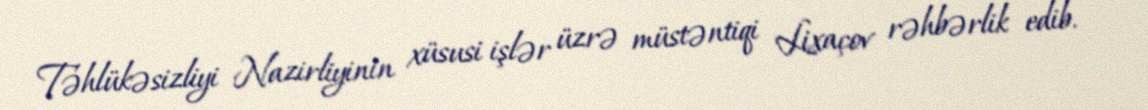
Təhlükəsizliyi Nazirliyinin xüsusi işlər üzrə müstəntiqi Lixaçov rəhbərlik edib.